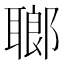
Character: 𦗏